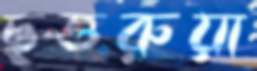
ছত্তরুয়া